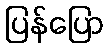
ပြန်ပြော